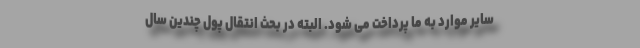
سایر موارد به ما پرداخت می شود. البته در بحث انتقال پول چندین سال